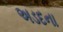
અડદના